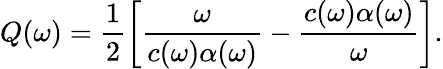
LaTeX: Q(\omega)=\frac{1}{2}\left[\frac{\omega}{c(\omega)\alpha(\omega)}-\frac{c(\omega)\alpha(\omega)}{\omega}\right].